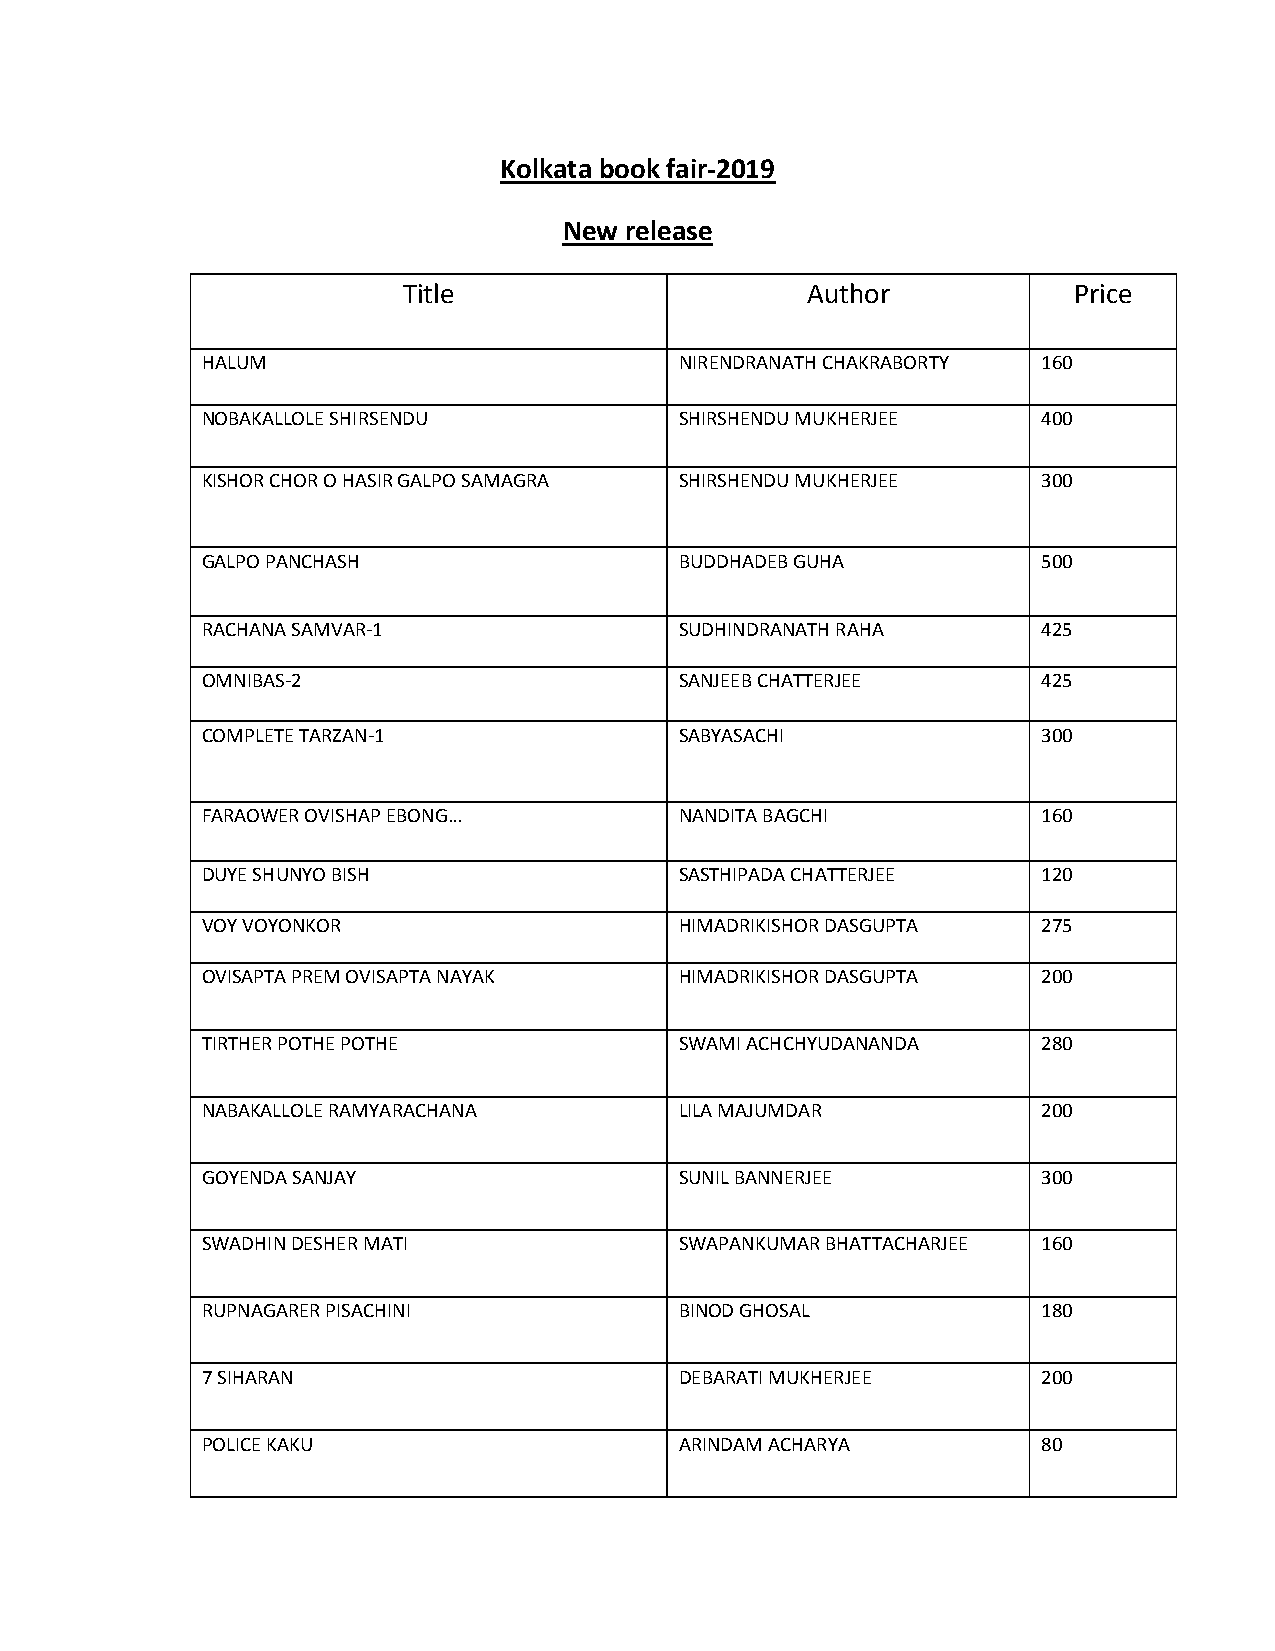
Kolkata book fair-2019
 New release
 Title                     Author            Price
 HALUM                           NIRENDRANATH CHAKRABORTY 160
 NOBAKALLOLE SHIRSENDU           SHIRSHENDU MUKHERJEE    400
 KISHOR CHOR O HASIR GALPO SAMAGRA SHIRSHENDU MUKHERJEE  300
 GALPO PANCHASH                  BUDDHADEB GUHA          500
 RACHANA SAMVAR-1                SUDHINDRANATH RAHA      425
 OMNIBAS-2                       SANJEEB CHATTERJEE      425
 COMPLETE TARZAN-1               SABYASACHI              300
 FARAOWER OVISHAP EBONG…         NANDITA BAGCHI          160
 DUYE SHUNYO BISH                SASTHIPADA CHATTERJEE   120
 VOY VOYONKOR                    HIMADRIKISHOR DASGUPTA  275
 OVISAPTA PREM OVISAPTA NAYAK    HIMADRIKISHOR DASGUPTA  200
 TIRTHER POTHE POTHE             SWAMI ACHCHYUDANANDA    280
 NABAKALLOLE RAMYARACHANA        LILA MAJUMDAR           200
 GOYENDA SANJAY                  SUNIL BANNERJEE         300
 SWADHIN DESHER MATI             SWAPANKUMAR BHATTACHARJEE 160
 RUPNAGARER PISACHINI            BINOD GHOSAL            180
 7 SIHARAN                       DEBARATI MUKHERJEE      200
 POLICE KAKU                     ARINDAM ACHARYA         80